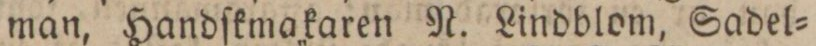
man, Handſkmakaren N. Lindblom, Sadel=